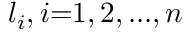
l _ { i } , i { = } 1 , 2 , . . . , n